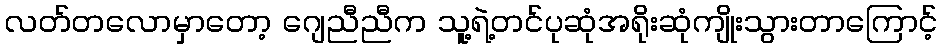
လတ်တလောမှာတော့ ဂျေညီညီက သူ့ရဲ့တင်ပုဆုံအရိုးဆုံကျိုးသွားတာကြောင့်